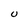
Character: U